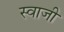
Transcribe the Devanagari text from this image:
स्वाजी